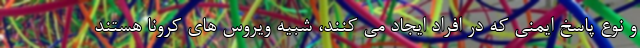
و نوع پاسخ ایمنی که در افراد ایجاد می کنند، شبیه ویروس های کرونا هستند